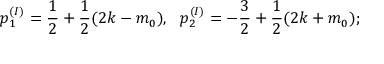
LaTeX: p _ { 1 } ^ { ( I ) } = \frac { 1 } { 2 } + \frac { 1 } { 2 } ( 2 k - m _ { 0 } ) , ~ ~ p _ { 2 } ^ { ( I ) } = - \frac { 3 } { 2 } + \frac { 1 } { 2 } ( 2 k + m _ { 0 } ) ;